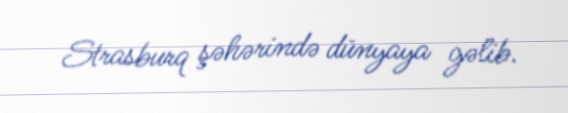
Strasburq şəhərində dünyaya gəlib.